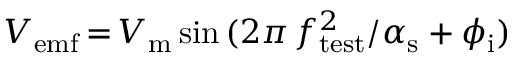
V _ { \mathrm { e m f } } \, { = } \, V _ { \mathrm { m } } \sin { ( 2 \pi \, f _ { \mathrm { t e s t } } ^ { 2 } / \alpha _ { \mathrm { s } } + \phi _ { \mathrm { i } } ) }